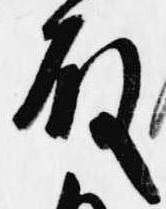
殿